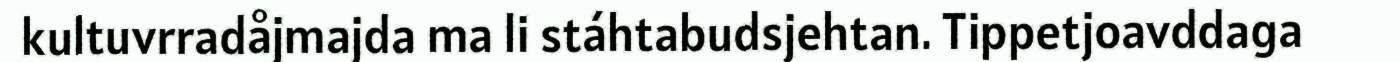
kultuvrradåjmajda ma li stáhtabudsjehtan. Tippetjoavddaga